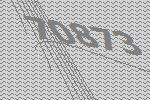
70873